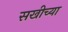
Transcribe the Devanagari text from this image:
सखीच्या